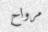
مرواح